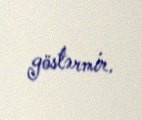
göstərmir.